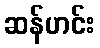
ဆန်ဟင်း